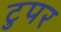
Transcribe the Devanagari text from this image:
टुपर